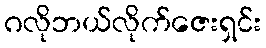
ဂလိုဘယ်လိုက်ဇေးရှင်း